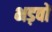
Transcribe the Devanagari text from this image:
भड़वों